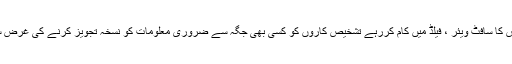
اس آلے کی ایک اور خصوصیت یہ بھی ہے کہ اس کا سافٹ ویئر ، فیلڈ میں کام کررہے تشخیص کاروں کو کسی بھی جگہ سے ضروری معلومات کو نسخہ تجویز کرنے کی غرض سے ماہرین تک پہنچانے کی سہولت بھی دیتا ہے۔